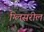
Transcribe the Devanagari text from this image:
ग्लिसरील